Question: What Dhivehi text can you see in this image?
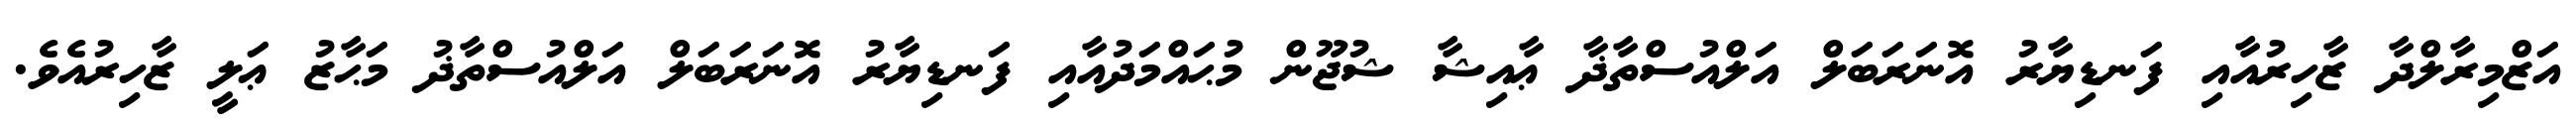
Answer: އަޒްމިރާލްދާ ޒާހިރުއާއި ފަނޑިޔާރު އޮނަރަބަލް އަލްއުސްތާޛާ ޢާއިޝާ ޝުޖޫން މުޙައްމަދުއާއި ފަނޑިޔާރު އޮނަރަބަލް އަލްއުސްތާޛު މަޙާޒު ޢަލީ ޒާހިރުއެވެ.